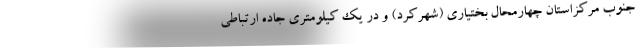
جنوب مرکزاستان چهارمحال بختیاری (شهرکرد) و در یک کیلومتری جاده ارتباطی